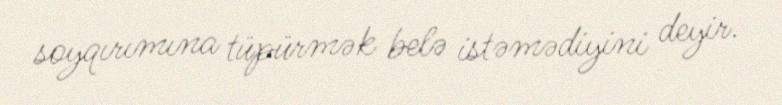
soyqırımına tüpürmək belə istəmədiyini deyir.